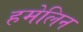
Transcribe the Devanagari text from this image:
हमेलिन